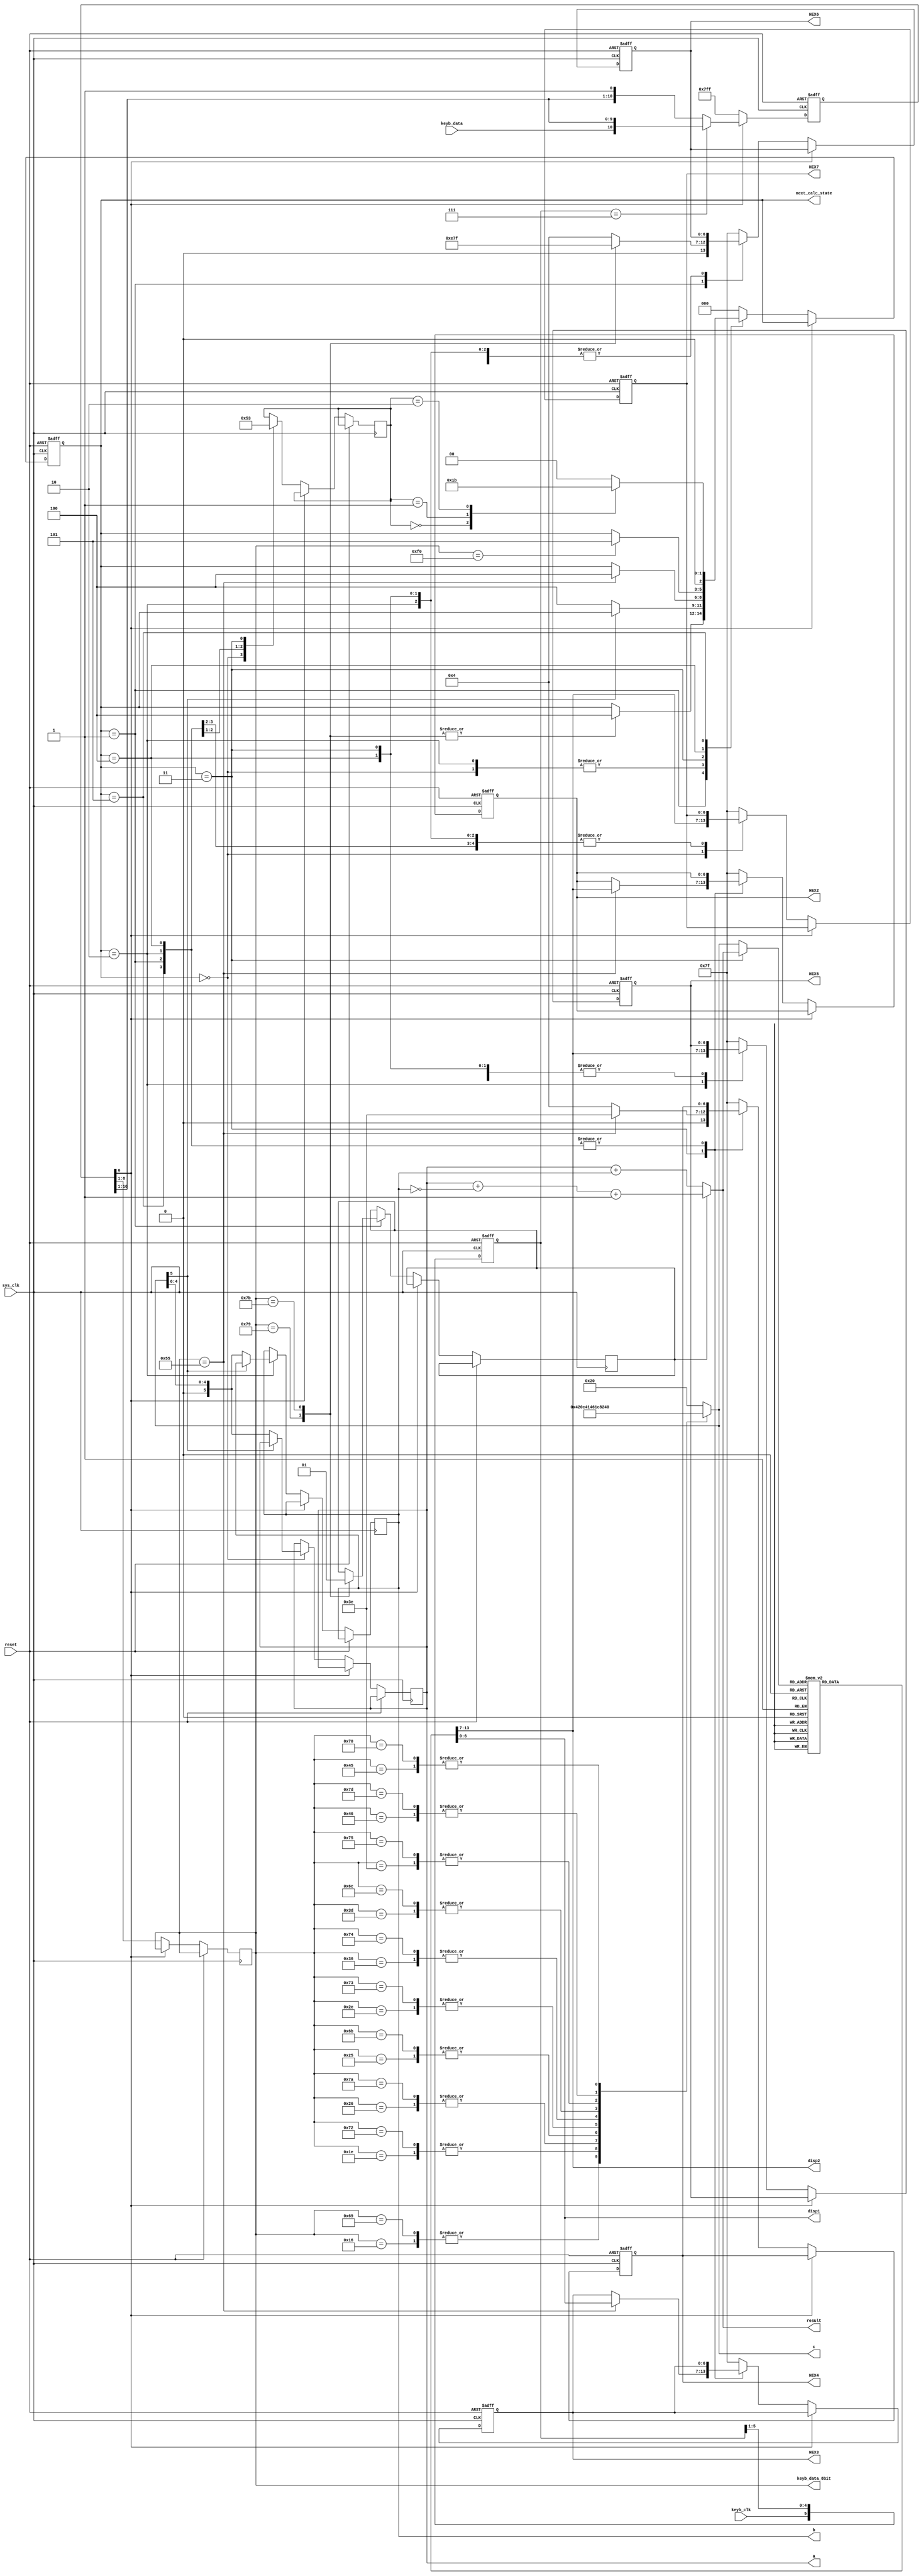
module calculator(sys_clk,reset,keyb_clk,keyb_data,HEX7,HEX6,HEX5,HEX4,HEX3,HEX2,a,b,c,disp1,disp2,result,next_calc_state,keyb_data_8bit);
   input sys_clk,reset,keyb_data;//   
   input keyb_clk;//keyb_clk        
   //inout keyb_clk;//keyb_clk        
   output reg [6:0] HEX2,HEX3,HEX4,HEX5,HEX6,HEX7;//         
   parameter [2:0] WAIT_OPERAND1=3'b000,WAIT_OPERATOR=3'b001,WAIT_OPERAND2=3'b010,WAIT_EQ=3'b011,WAIT_F0=3'b100,AFTER_F0=3'b101;//    state machine
   
   reg [5:0] keyb_clk_samples;// right shift register          
   reg [10:0] keyb_data_reg;//o right shift register             
   output reg [7:0] keyb_data_8bit;//register        8-bit   11       
   
   output wire [5:0] result;//wire          
   wire [5:0] mux;//                   fsm
   output reg [5:0] a;//register         
   output reg [5:0] b;//register         
   output reg [5:0] c;//register      
   reg op;//  1-bit         
   
   //    fsm
   output reg [2:0] next_calc_state;
   reg [2:0] state;
   
   //            displays
   output reg [6:0] disp1,disp2;
   
   
   //assign keyb_clk=(!keyb_data_reg[0])?1'b0:1'bz;//          keyb_data_reg register     
   
   assign mux=(next_calc_state==WAIT_EQ)?result:c;//        ,     
   
   assign result=op?a+(~b)+1'b1:a+b;//    op  1  ,   
   
   
   
   //   always      keyb_clk_samples register
   always @(posedge sys_clk or posedge reset)
    begin
      if(reset)
	     keyb_clk_samples<=6'b000000;
	  else//  bits   
	     keyb_clk_samples<={keyb_clk,keyb_clk_samples[5:1]};
    end
		 
   //   always      keyb_data_reg register
   always @(posedge sys_clk or posedge reset)
    begin
      if(reset)
	     keyb_data_reg<=11'b11111111111;
	  else if(!keyb_data_reg[0])//     11-bit          11-abiths 
	    begin
          keyb_data_8bit<=keyb_data_reg[8:1];//  8-bit      	
		  keyb_data_reg<=11'b11111111111;//       11-abiths 
	    end
	  else if(keyb_clk_samples==6'b000111)//     1  0  keyb_clk    keyb_data    bits   
		 keyb_data_reg<={keyb_data,keyb_data_reg[10:1]};	 
    end
		 
   //   always          8-bit          6-bit     
   always @(*)
    begin
		case(keyb_data_8bit)
		    8'h16: c<=6'd1;
		    8'h1E: c<=6'd2;
		    8'h26: c<=6'd3;
		    8'h25: c<=6'd4;
		    8'h2E: c<=6'd5;
		    8'h36: c<=6'd6;
		    8'h3D: c<=6'd7;
		    8'h3E: c<=6'd8;
		    8'h46: c<=6'd9;
		    8'h45: c<=6'd0;
		    8'h69: c<=6'd1;
		    8'h72: c<=6'd2;
		    8'h7A: c<=6'd3;
		    8'h6B: c<=6'd4;
		    8'h73: c<=6'd5;
		    8'h74: c<=6'd6;
		    8'h6C: c<=6'd7;
		    8'h75: c<=6'd8;
		    8'h7D: c<=6'd9;
		    8'h70: c<=6'd0;
		    default: c<=6'b100000;//        
		endcase
	end
		 	 
   //   always              fsm             7-segment displays
   always @(*)
    begin
		case(mux)//o  disp1                ,   disp2  
		   -6'd9: 
		     begin
               disp1<=7'b0111111; 
			   disp2<=7'b0010000;
			 end			   
		   -6'd8:
		     begin
               disp1<=7'b0111111; 
			   disp2<=7'b0000000;
			 end	
		   -6'd7:
		     begin
               disp1<=7'b0111111; 
			   disp2<=7'b1111000;
			 end	
		   -6'd6:
		     begin
               disp1<=7'b0111111; 
			   disp2<=7'b0000010;
			 end	
		   -6'd5:
		     begin
               disp1<=7'b0111111; 
			   disp2<=7'b0010010;
			 end	
		   -6'd4:
		     begin
               disp1<=7'b0111111; 
			   disp2<=7'b0011001;
			 end	
		   -6'd3:
		     begin
               disp1<=7'b0111111; 
			   disp2<=7'b0110000;
			 end	
		   -6'd2:
		     begin
               disp1<=7'b0111111; 
			   disp2<=7'b0100100;
			 end	
		   -6'd1:
		     begin
               disp1<=7'b0111111; 
			   disp2<=7'b1111001;
			 end	
		    6'd0:
			 begin
               disp1<=7'b1111111; 
			   disp2<=7'b1000000;
			 end	
		    6'd1:
			 begin
               disp1<=7'b1111111; 
			   disp2<=7'b1111001;
			 end	
		    6'd2:
			 begin
               disp1<=7'b1111111; 
			   disp2<=7'b0100100;
			 end
		    6'd3:
			 begin
               disp1<=7'b1111111; 
			   disp2<=7'b0110000;
			 end
		    6'd4:
			 begin
               disp1<=7'b1111111; 
			   disp2<=7'b0011001;
			 end
		    6'd5:
			 begin
               disp1<=7'b1111111; 
			   disp2<=7'b0010010;
			 end
		    6'd6:
			 begin
               disp1<=7'b1111111; 
			   disp2<=7'b0000010;
			 end
		    6'd7:
			 begin
               disp1<=7'b1111111; 
			   disp2<=7'b1111000;
			 end
		    6'd8:
			 begin
               disp1<=7'b1111111; 
			   disp2<=7'b0000000;
			 end
		    6'd9:
			 begin
               disp1<=7'b1111111; 
			   disp2<=7'b0010000;
			 end
		    6'd10:
			 begin
               disp1<=7'b1111001; 
			   disp2<=7'b1000000;
			 end
		    6'd11:
			 begin
               disp1<=7'b1111001; 
			   disp2<=7'b1111001;
			 end
		    6'd12:
			 begin
               disp1<=7'b1111001; 
			   disp2<=7'b0100100;
			 end
		    6'd13:
			 begin
               disp1<=7'b1111001; 
			   disp2<=7'b0110000;
			 end
		    6'd14:
			 begin
               disp1<=7'b1111001; 
			   disp2<=7'b0011001;
			 end
		    6'd15:
			 begin
               disp1<=7'b1111001; 
			   disp2<=7'b0010010;
			 end
		    6'd16:
			 begin
               disp1<=7'b1111001; 
			   disp2<=7'b0000010;
			 end
		    6'd17:
			 begin
               disp1<=7'b1111001; 
			   disp2<=7'b1111000;
			 end
		    6'd18:
			 begin
               disp1<=7'b1111001; 
			   disp2<=7'b0000000;
			 end
		    default:
			 begin
               disp1<=7'b0000100; 
			   disp2<=7'b0000100;
			 end
		endcase
	end	 
		 	 
    //  finite state machine
	always @(posedge sys_clk or posedge reset)
	 begin
	  if(reset)//   next_calc_state   7-segments
	     begin
			HEX2<=7'b1111111;
			HEX3<=7'b1111111;
			HEX4<=7'b1111111;
			HEX5<=7'b1111111;
			HEX6<=7'b1111111;
			HEX7<=7'b1111111;
			next_calc_state<=WAIT_OPERAND1;
		 end
	  else if(!keyb_data_reg[0])//    register  ,     scan 
        case(next_calc_state)
		   WAIT_OPERAND1: begin//   1 7-segment    ,    a    
							  HEX2<=7'b1111111;
							  HEX3<=7'b1111111;
							  HEX4<=7'b1111111;
							  HEX5<=7'b1111111;
							  HEX6<=7'b1111111;
							  if(c[5]!=1'b1)//       
								  begin
									 a<=c;//      a
									 next_calc_state<=WAIT_F0;//     fsm
								  end
							 HEX7<=disp2;//   7-segment    2        e
							 state<=WAIT_OPERAND1;//     fsm
					      end
		   WAIT_OPERATOR: begin
							 case(keyb_data_8bit)
								8'h79: begin
										   HEX6<=7'b0111001;//   +       7-segment 
										   op<=1'b0;// op=0     
										   next_calc_state<=WAIT_F0;
										 end
								8'h7B: begin
										   HEX6<=7'b0111111;//   -   -   7-segment 
										   op<=1'b1;// op=0     
										   next_calc_state<=WAIT_F0;
										 end
								default: HEX6<=7'b0000100;//   7-segment  e
							 endcase
							 state<=WAIT_OPERATOR;
						  end 					
		   WAIT_OPERAND2: begin
							   if(c[5]!=1'b1)//  
									begin
									   b<=c;//      b
									   next_calc_state<=WAIT_F0;
									end   
							   HEX5<=disp2;//     e   7-segment       
							   state<=WAIT_OPERAND2;
			              end 
		   WAIT_EQ: begin
					   if(keyb_data_8bit==8'h55)//    =     
							begin
							   HEX4<=7'b0111110;//   =   =   7-segment  
							   HEX3<=disp1;//  5 7-segment    ,      
							   HEX2<=disp2;//  5 7-segment       
							   next_calc_state<=WAIT_F0;
							end
					   else//   
							HEX4<=7'b0000100;//   7-segment  e   
					   state<=WAIT_EQ;
					end
		   WAIT_F0: begin
					  if(keyb_data_8bit==8'hF0)//   scan  F0        scan   
						next_calc_state<=AFTER_F0;
			        end
		   AFTER_F0: begin
						  case(state)
							  WAIT_OPERAND1:next_calc_state<=WAIT_OPERATOR; 
							  WAIT_OPERATOR:next_calc_state<=WAIT_OPERAND2;
							  WAIT_OPERAND2:next_calc_state<=WAIT_EQ;
							  default:next_calc_state<=WAIT_OPERAND1;
						  endcase   
		             end   
		   default: begin          
					   HEX2<=7'b1111111;
					   HEX3<=7'b1111111;
					   HEX4<=7'b1111111;
					   HEX5<=7'b1111111;
					   HEX6<=7'b1111111;
					   HEX7<=7'b1111111;
					   next_calc_state<=WAIT_OPERAND1;
					end
		endcase
	 end
endmodule


//TestBench
module TestBench;
    wire [6:0] HEX7,HEX6,HEX5,HEX4,HEX3,HEX2,disp1,disp2;
	wire [5:0] a,b,c,result;
	wire [2:0] next_calc_state;
	wire [7:0] keyb_data_8bit;
    reg sys_clk,reset,keyb_clk,keyb_data;
	
	calculator calc(sys_clk,reset,keyb_clk,keyb_data,HEX7,HEX6,HEX5,HEX4,HEX3,HEX2,a,b,c,disp1,disp2,result,next_calc_state,keyb_data_8bit);
	
	reg [10:0] ar1_scan_code=11'b0_1011_1110_00;//  9 => 7D   D 7           10  
	reg [10:0] add_scan_code=11'b0_1001_1110_00;//  + => 79
	reg [10:0] ar2_scan_code=11'b0_1011_1110_00;//  9 => 7D
	//-------------------------------------------------------------
	reg [10:0] ar1_2_scan_code=11'b0_0100_1110_00;//  2 => 72   2 7           10  
	reg [10:0] sub_scan_code=11'b0_1101_1110_00;//  - => 7B
	reg [10:0] ar2_2_scan_code=11'b0_1011_1110_00;//  9 => 7D
	//-------------------------------------------------------------
	reg [10:0] equ_scan_code=11'b0_1010_1010_00;//  = => 55
	reg [10:0] F0_scan_code=11'b0_0000_1111_00;//  F0
	//-------------------------------------------------------------
	initial 
		begin 
		   sys_clk<=1'b0;
		   keyb_clk<=1'b1;
		   reset<=1'b1; 
		   #5 reset<=~reset;
		end
    initial
	    begin
		   //----------
		   //||
		   //----------
           //  scan   1 
		   keyb_data<=ar1_scan_code[10];
		   #80 keyb_data<=ar1_scan_code[9];
		   #80 keyb_data<=ar1_scan_code[8];
		   #80 keyb_data<=ar1_scan_code[7];
		   #80 keyb_data<=ar1_scan_code[6];
		   #80 keyb_data<=ar1_scan_code[5];
		   #80 keyb_data<=ar1_scan_code[4];
		   #80 keyb_data<=ar1_scan_code[3];
		   #80 keyb_data<=ar1_scan_code[2];
		   #80 keyb_data<=ar1_scan_code[1];
		   #80 keyb_data<=ar1_scan_code[0];
		   //  scan  F0   1 
		   #80 keyb_data<=F0_scan_code[10];
		   #80 keyb_data<=F0_scan_code[9];
		   #80 keyb_data<=F0_scan_code[8];
		   #80 keyb_data<=F0_scan_code[7];
		   #80 keyb_data<=F0_scan_code[6];
		   #80 keyb_data<=F0_scan_code[5];
		   #80 keyb_data<=F0_scan_code[4];
		   #80 keyb_data<=F0_scan_code[3];
		   #80 keyb_data<=F0_scan_code[2];
		   #80 keyb_data<=F0_scan_code[1];
		   #80 keyb_data<=F0_scan_code[0];
		   //  scan    F0   1 
		   #80 keyb_data<=ar1_scan_code[10];
		   #80 keyb_data<=ar1_scan_code[9];
		   #80 keyb_data<=ar1_scan_code[8];
		   #80 keyb_data<=ar1_scan_code[7];
		   #80 keyb_data<=ar1_scan_code[6];
		   #80 keyb_data<=ar1_scan_code[5];
		   #80 keyb_data<=ar1_scan_code[4];
		   #80 keyb_data<=ar1_scan_code[3];
		   #80 keyb_data<=ar1_scan_code[2];
		   #80 keyb_data<=ar1_scan_code[1];
		   #80 keyb_data<=ar1_scan_code[0];
		   //----------------------------------------------------------------------------------------------------------
		   //  scan   
		   #80 keyb_data<=add_scan_code[10];
		   #80 keyb_data<=add_scan_code[9];
		   #80 keyb_data<=add_scan_code[8];
		   #80 keyb_data<=add_scan_code[7];
		   #80 keyb_data<=add_scan_code[6];
		   #80 keyb_data<=add_scan_code[5];
		   #80 keyb_data<=add_scan_code[4];
		   #80 keyb_data<=add_scan_code[3];
		   #80 keyb_data<=add_scan_code[2];
		   #80 keyb_data<=add_scan_code[1];
		   #80 keyb_data<=add_scan_code[0];
		   //  scan  F0   
		   #80 keyb_data<=F0_scan_code[10];
		   #80 keyb_data<=F0_scan_code[9];
		   #80 keyb_data<=F0_scan_code[8];
		   #80 keyb_data<=F0_scan_code[7];
		   #80 keyb_data<=F0_scan_code[6];
		   #80 keyb_data<=F0_scan_code[5];
		   #80 keyb_data<=F0_scan_code[4];
		   #80 keyb_data<=F0_scan_code[3];
		   #80 keyb_data<=F0_scan_code[2];
		   #80 keyb_data<=F0_scan_code[1];
		   #80 keyb_data<=F0_scan_code[0];
		   //  scan    F0   
		   #80 keyb_data<=add_scan_code[10];
		   #80 keyb_data<=add_scan_code[9];
		   #80 keyb_data<=add_scan_code[8];
		   #80 keyb_data<=add_scan_code[7];
		   #80 keyb_data<=add_scan_code[6];
		   #80 keyb_data<=add_scan_code[5];
		   #80 keyb_data<=add_scan_code[4];
		   #80 keyb_data<=add_scan_code[3];
		   #80 keyb_data<=add_scan_code[2];
		   #80 keyb_data<=add_scan_code[1];
		   #80 keyb_data<=add_scan_code[0];
		   //----------------------------------------------------------------------------------------------------------
		   //  scan   2 
		   #80 keyb_data<=ar2_scan_code[10];
		   #80 keyb_data<=ar2_scan_code[9];
		   #80 keyb_data<=ar2_scan_code[8];
		   #80 keyb_data<=ar2_scan_code[7];
		   #80 keyb_data<=ar2_scan_code[6];
		   #80 keyb_data<=ar2_scan_code[5];
		   #80 keyb_data<=ar2_scan_code[4];
		   #80 keyb_data<=ar2_scan_code[3];
		   #80 keyb_data<=ar2_scan_code[2];
		   #80 keyb_data<=ar2_scan_code[1];
		   #80 keyb_data<=ar2_scan_code[0];
		   //  scan  F0   2 
		   #80 keyb_data<=F0_scan_code[10];
		   #80 keyb_data<=F0_scan_code[9];
		   #80 keyb_data<=F0_scan_code[8];
		   #80 keyb_data<=F0_scan_code[7];
		   #80 keyb_data<=F0_scan_code[6];
		   #80 keyb_data<=F0_scan_code[5];
		   #80 keyb_data<=F0_scan_code[4];
		   #80 keyb_data<=F0_scan_code[3];
		   #80 keyb_data<=F0_scan_code[2];
		   #80 keyb_data<=F0_scan_code[1];
		   #80 keyb_data<=F0_scan_code[0];
		   //  scan    F0   2 
		   #80 keyb_data<=ar2_scan_code[10];
		   #80 keyb_data<=ar2_scan_code[9];
		   #80 keyb_data<=ar2_scan_code[8];
		   #80 keyb_data<=ar2_scan_code[7];
		   #80 keyb_data<=ar2_scan_code[6];
		   #80 keyb_data<=ar2_scan_code[5];
		   #80 keyb_data<=ar2_scan_code[4];
		   #80 keyb_data<=ar2_scan_code[3];
		   #80 keyb_data<=ar2_scan_code[2];
		   #80 keyb_data<=ar2_scan_code[1];
		   #80 keyb_data<=ar2_scan_code[0];
		   //----------------------------------------------------------------------------------------------------------
		   //  scan   =
		   #80 keyb_data<=equ_scan_code[10];
		   #80 keyb_data<=equ_scan_code[9];
		   #80 keyb_data<=equ_scan_code[8];
		   #80 keyb_data<=equ_scan_code[7];
		   #80 keyb_data<=equ_scan_code[6];
		   #80 keyb_data<=equ_scan_code[5];
		   #80 keyb_data<=equ_scan_code[4];
		   #80 keyb_data<=equ_scan_code[3];
		   #80 keyb_data<=equ_scan_code[2];
		   #80 keyb_data<=equ_scan_code[1];
		   #80 keyb_data<=equ_scan_code[0];
		   //  scan  F0   =
		   #80 keyb_data<=F0_scan_code[10];
		   #80 keyb_data<=F0_scan_code[9];
		   #80 keyb_data<=F0_scan_code[8];
		   #80 keyb_data<=F0_scan_code[7];
		   #80 keyb_data<=F0_scan_code[6];
		   #80 keyb_data<=F0_scan_code[5];
		   #80 keyb_data<=F0_scan_code[4];
		   #80 keyb_data<=F0_scan_code[3];
		   #80 keyb_data<=F0_scan_code[2];
		   #80 keyb_data<=F0_scan_code[1];
		   #80 keyb_data<=F0_scan_code[0];
		   //  scan    F0   =
		   #80 keyb_data<=equ_scan_code[10];
		   #80 keyb_data<=equ_scan_code[9];
		   #80 keyb_data<=equ_scan_code[8];
		   #80 keyb_data<=equ_scan_code[7];
		   #80 keyb_data<=equ_scan_code[6];
		   #80 keyb_data<=equ_scan_code[5];
		   #80 keyb_data<=equ_scan_code[4];
		   #80 keyb_data<=equ_scan_code[3];
		   #80 keyb_data<=equ_scan_code[2];
		   #80 keyb_data<=equ_scan_code[1];
		   #80 keyb_data<=equ_scan_code[0];

		   
		   //----------
		   //||
		   //----------
		   //  scan   1 
		   #80 keyb_data<=ar1_2_scan_code[10];
		   #80 keyb_data<=ar1_2_scan_code[9];
		   #80 keyb_data<=ar1_2_scan_code[8];
		   #80 keyb_data<=ar1_2_scan_code[7];
		   #80 keyb_data<=ar1_2_scan_code[6];
		   #80 keyb_data<=ar1_2_scan_code[5];
		   #80 keyb_data<=ar1_2_scan_code[4];
		   #80 keyb_data<=ar1_2_scan_code[3];
		   #80 keyb_data<=ar1_2_scan_code[2];
		   #80 keyb_data<=ar1_2_scan_code[1];
		   #80 keyb_data<=ar1_2_scan_code[0];
		   //  scan  F0   1 
		   #80 keyb_data<=F0_scan_code[10];
		   #80 keyb_data<=F0_scan_code[9];
		   #80 keyb_data<=F0_scan_code[8];
		   #80 keyb_data<=F0_scan_code[7];
		   #80 keyb_data<=F0_scan_code[6];
		   #80 keyb_data<=F0_scan_code[5];
		   #80 keyb_data<=F0_scan_code[4];
		   #80 keyb_data<=F0_scan_code[3];
		   #80 keyb_data<=F0_scan_code[2];
		   #80 keyb_data<=F0_scan_code[1];
		   #80 keyb_data<=F0_scan_code[0];
		   //  scan    F0   1 
		   #80 keyb_data<=ar1_2_scan_code[10];
		   #80 keyb_data<=ar1_2_scan_code[9];
		   #80 keyb_data<=ar1_2_scan_code[8];
		   #80 keyb_data<=ar1_2_scan_code[7];
		   #80 keyb_data<=ar1_2_scan_code[6];
		   #80 keyb_data<=ar1_2_scan_code[5];
		   #80 keyb_data<=ar1_2_scan_code[4];
		   #80 keyb_data<=ar1_2_scan_code[3];
		   #80 keyb_data<=ar1_2_scan_code[2];
		   #80 keyb_data<=ar1_2_scan_code[1];
		   #80 keyb_data<=ar1_2_scan_code[0];
		   //----------------------------------------------------------------------------------------------------------
		   //  scan   
		   #80 keyb_data<=sub_scan_code[10];
		   #80 keyb_data<=sub_scan_code[9];
		   #80 keyb_data<=sub_scan_code[8];
		   #80 keyb_data<=sub_scan_code[7];
		   #80 keyb_data<=sub_scan_code[6];
		   #80 keyb_data<=sub_scan_code[5];
		   #80 keyb_data<=sub_scan_code[4];
		   #80 keyb_data<=sub_scan_code[3];
		   #80 keyb_data<=sub_scan_code[2];
		   #80 keyb_data<=sub_scan_code[1];
		   #80 keyb_data<=sub_scan_code[0];
		   //  scan  F0   
		   #80 keyb_data<=F0_scan_code[10];
		   #80 keyb_data<=F0_scan_code[9];
		   #80 keyb_data<=F0_scan_code[8];
		   #80 keyb_data<=F0_scan_code[7];
		   #80 keyb_data<=F0_scan_code[6];
		   #80 keyb_data<=F0_scan_code[5];
		   #80 keyb_data<=F0_scan_code[4];
		   #80 keyb_data<=F0_scan_code[3];
		   #80 keyb_data<=F0_scan_code[2];
		   #80 keyb_data<=F0_scan_code[1];
		   #80 keyb_data<=F0_scan_code[0];
		   //  scan    F0   
		   #80 keyb_data<=sub_scan_code[10];
		   #80 keyb_data<=sub_scan_code[9];
		   #80 keyb_data<=sub_scan_code[8];
		   #80 keyb_data<=sub_scan_code[7];
		   #80 keyb_data<=sub_scan_code[6];
		   #80 keyb_data<=sub_scan_code[5];
		   #80 keyb_data<=sub_scan_code[4];
		   #80 keyb_data<=sub_scan_code[3];
		   #80 keyb_data<=sub_scan_code[2];
		   #80 keyb_data<=sub_scan_code[1];
		   #80 keyb_data<=sub_scan_code[0];
		   //----------------------------------------------------------------------------------------------------------
		   //  scan   2 
		   #80 keyb_data<=ar2_2_scan_code[10];
		   #80 keyb_data<=ar2_2_scan_code[9];
		   #80 keyb_data<=ar2_2_scan_code[8];
		   #80 keyb_data<=ar2_2_scan_code[7];
		   #80 keyb_data<=ar2_2_scan_code[6];
		   #80 keyb_data<=ar2_2_scan_code[5];
		   #80 keyb_data<=ar2_2_scan_code[4];
		   #80 keyb_data<=ar2_2_scan_code[3];
		   #80 keyb_data<=ar2_2_scan_code[2];
		   #80 keyb_data<=ar2_2_scan_code[1];
		   #80 keyb_data<=ar2_2_scan_code[0];
		   //  scan  F0   2 
		   #80 keyb_data<=F0_scan_code[10];
		   #80 keyb_data<=F0_scan_code[9];
		   #80 keyb_data<=F0_scan_code[8];
		   #80 keyb_data<=F0_scan_code[7];
		   #80 keyb_data<=F0_scan_code[6];
		   #80 keyb_data<=F0_scan_code[5];
		   #80 keyb_data<=F0_scan_code[4];
		   #80 keyb_data<=F0_scan_code[3];
		   #80 keyb_data<=F0_scan_code[2];
		   #80 keyb_data<=F0_scan_code[1];
		   #80 keyb_data<=F0_scan_code[0];
		   //  scan    F0   2 
		   #80 keyb_data<=ar2_2_scan_code[10];
		   #80 keyb_data<=ar2_2_scan_code[9];
		   #80 keyb_data<=ar2_2_scan_code[8];
		   #80 keyb_data<=ar2_2_scan_code[7];
		   #80 keyb_data<=ar2_2_scan_code[6];
		   #80 keyb_data<=ar2_2_scan_code[5];
		   #80 keyb_data<=ar2_2_scan_code[4];
		   #80 keyb_data<=ar2_2_scan_code[3];
		   #80 keyb_data<=ar2_2_scan_code[2];
		   #80 keyb_data<=ar2_2_scan_code[1];
		   #80 keyb_data<=ar2_2_scan_code[0];
		   //----------------------------------------------------------------------------------------------------------
		   //  scan   =
		   #80 keyb_data<=equ_scan_code[10];
		   #80 keyb_data<=equ_scan_code[9];
		   #80 keyb_data<=equ_scan_code[8];
		   #80 keyb_data<=equ_scan_code[7];
		   #80 keyb_data<=equ_scan_code[6];
		   #80 keyb_data<=equ_scan_code[5];
		   #80 keyb_data<=equ_scan_code[4];
		   #80 keyb_data<=equ_scan_code[3];
		   #80 keyb_data<=equ_scan_code[2];
		   #80 keyb_data<=equ_scan_code[1];
		   #80 keyb_data<=equ_scan_code[0];
		   //  scan  F0   =
		   #80 keyb_data<=F0_scan_code[10];
		   #80 keyb_data<=F0_scan_code[9];
		   #80 keyb_data<=F0_scan_code[8];
		   #80 keyb_data<=F0_scan_code[7];
		   #80 keyb_data<=F0_scan_code[6];
		   #80 keyb_data<=F0_scan_code[5];
		   #80 keyb_data<=F0_scan_code[4];
		   #80 keyb_data<=F0_scan_code[3];
		   #80 keyb_data<=F0_scan_code[2];
		   #80 keyb_data<=F0_scan_code[1];
		   #80 keyb_data<=F0_scan_code[0];
		   //  scan    F0   =
		   #80 keyb_data<=equ_scan_code[10];
		   #80 keyb_data<=equ_scan_code[9];
		   #80 keyb_data<=equ_scan_code[8];
		   #80 keyb_data<=equ_scan_code[7];
		   #80 keyb_data<=equ_scan_code[6];
		   #80 keyb_data<=equ_scan_code[5];
		   #80 keyb_data<=equ_scan_code[4];
		   #80 keyb_data<=equ_scan_code[3];
		   #80 keyb_data<=equ_scan_code[2];
		   #80 keyb_data<=equ_scan_code[1];
		   #80 keyb_data<=equ_scan_code[0];

           #80 keyb_data<=1'b1;//  1,          key_data    HEX		   
		end
	always 
	   #1 sys_clk<=~sys_clk;
	always
	   #40 keyb_clk<=~keyb_clk;
endmodule